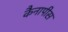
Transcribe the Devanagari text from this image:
कैनापीस